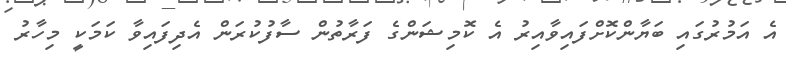
އެ އަމުރުގައި ބަޔާންކޮށްފައިވާއިރު އެ ކޮމިޝަންގެ ފަރާތުން ސާފުކުރަން އެދިފައިވާ ކަމަކީ މިހާރު